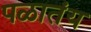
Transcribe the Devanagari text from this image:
पळातंय